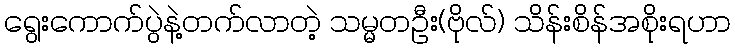
ရွေးကောက်ပွဲနဲ့တက်လာတဲ့ သမ္မတဦး(ဗိုလ်) သိန်းစိန်အစိုးရဟာ